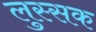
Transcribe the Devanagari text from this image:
लुस्सक